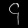
Digit: ၄